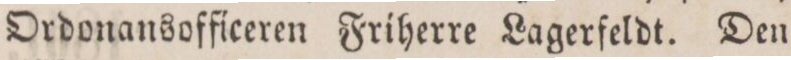
Ordonansofficeren Friherre Lagerfeldt. Den